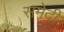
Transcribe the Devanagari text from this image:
समेदी